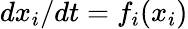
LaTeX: {dx_{i}}/{dt}=f_{i}(x_{i})